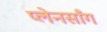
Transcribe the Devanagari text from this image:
प्लेनसाँग